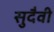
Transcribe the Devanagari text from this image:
सुदैवी